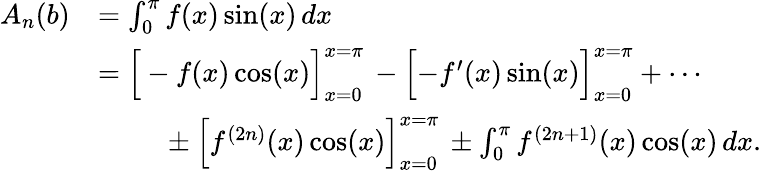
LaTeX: {\begin{array}{rl}{A_{n}(b)}&{=\int_{0}^{\pi}f(x)\sin(x)\, dx}\\ &{={\Big[}-f(x)\cos(x){\Big]}_{x=0}^{x=\pi}\, -{\Big[}{-f^{\prime}(x)}\sin(x){\Big]}_{x=0}^{x=\pi}+\cdots}\\ &{\ \qquad\pm{\Big[}f^{(2n)}(x)\cos(x){\Big]}_{x=0}^{x=\pi}\, \pm\int_{0}^{\pi}f^{(2n+1)}(x)\cos(x)\, dx.}\end{array}}